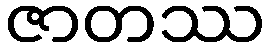
ဇာတဿ